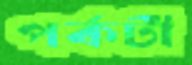
পর্কটী